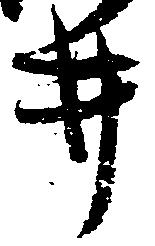
井